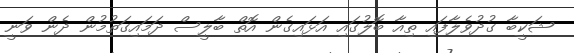
ޝަކީބާ ގުދުވެލާފައި ތިއާ ބޮލުގައި އަޅައިގެން އޮތް ބާލީސް ދަމައިގަތުމުން ދެން ވަނީ